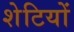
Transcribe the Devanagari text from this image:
शेटियों